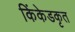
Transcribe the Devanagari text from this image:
किंकेडकृत